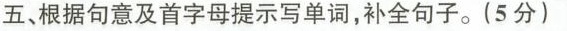
五、根据句意及首字母提示写单词,补全句子.(5 分)